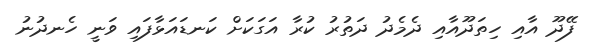
ފޭދޫ އާއި ހިތަދޫއާއި ދެމެދު ދަތުރު ކުރާ އަގަކަށް ކަނޑައަޅާފައި ވަނީ ހެނދުނު